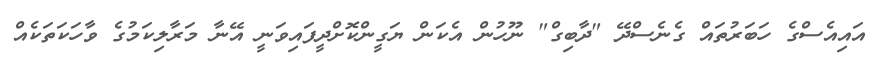
އައިއެސްގެ ހަބަރުތައް ގެނެސްދޭ "ދާބިގް" ނޫހުން އެކަން ޔަގީންކޮށްދީފައިވަނީ އޭނާ މަރާލިކަމުގެ ވާހަކަތަކެއް